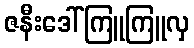
ဇနီးဒေါ်ကြူကြူလှ